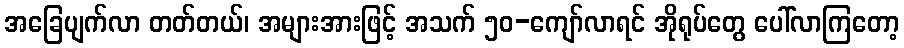
အခြေပျက်လာ တတ်တယ်၊ အများအားဖြင့် အသက် ၅၀-ကျော်လာရင် အိုရုပ်တွေ ပေါ်လာကြတော့